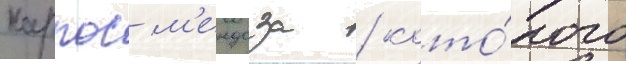
карлос м'ендоза / кото́рого